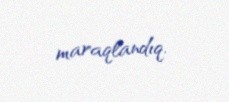
maraqlandıq.